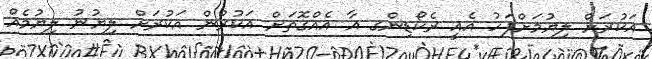
އަކުރަށް ލިޔުމަށްފަހު އެއީ ރެކޯޑިންގ އާ އެއްގޮތަށް އަކުރުން އަކުރަށް ލިޔުނު ލިޔުމެއް